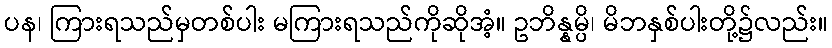
ပန၊ ကြားရသည်မှတစ်ပါး မကြားရသည်ကိုဆိုအံ့။ ဥဘိန္နမ္ပိ၊ မိဘနှစ်ပါးတို့၌လည်း။